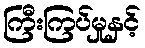
ကြီးကြပ်မှုနှင့်